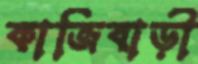
কাজিবাড়ী